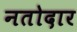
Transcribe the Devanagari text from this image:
नतोदार